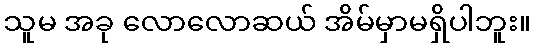
သူမ အခု လောလောဆယ် အိမ်မှာမရှိပါဘူး။